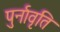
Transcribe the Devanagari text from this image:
पुर्नावृति